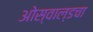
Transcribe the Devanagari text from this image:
ओस्वाल्डचा